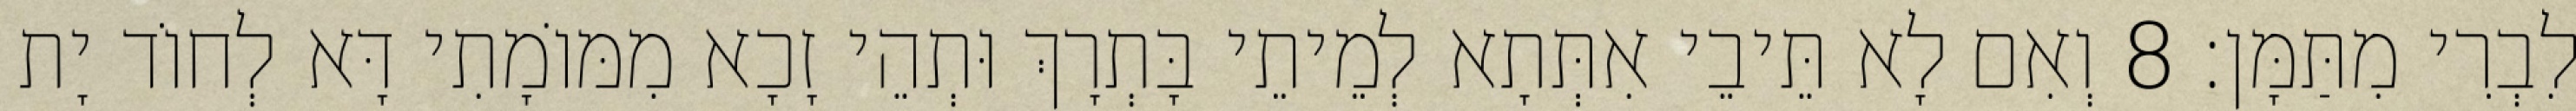
לִבְרִי מִתַּמָּן׃ 8 וְאִם לָא תֵּיבֵי אִתְּתָא לְמֵיתֵי בָּתְרָךְ וּתְהֵי זָכָא מִמּוֹמָתִי דָּא לְחוֹד יָת